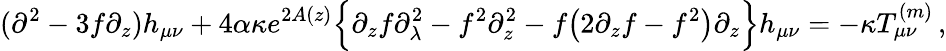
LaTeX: (\partial^{2}-3f\partial_{z})h_{\mu\nu}+4\alpha\kappa e^{2A(z)}\Big\{ \partial_{z}f\partial_{\lambda}^{2}-f^{2}\partial_{z}^{2}-f\big(2\partial_{z}f-f^{2}\big)\partial_{z}\Big\} h_{\mu\nu}=-\kappa T_{\mu\nu}^{(m)}\, ,